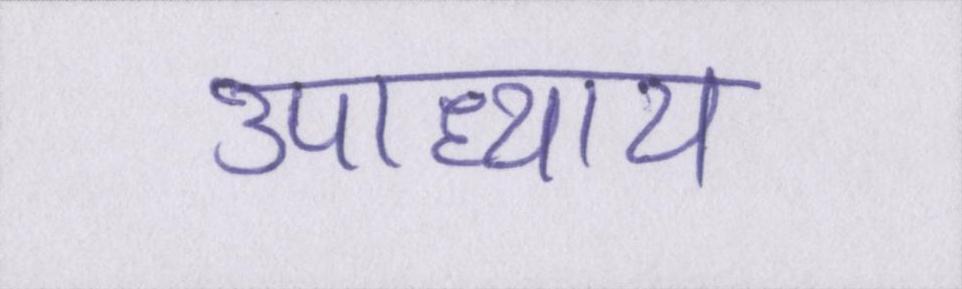
उपाध्याय